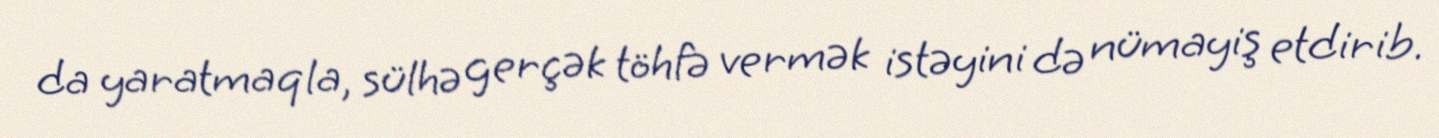
da yaratmaqla, sülhə gerçək töhfə vermək istəyini də nümayiş etdirib.